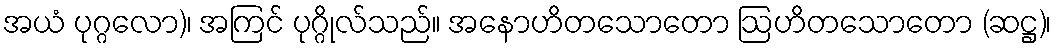
အယံ ပုဂ္ဂလော)၊ အကြင် ပုဂ္ဂိုလ်သည်။ အနောဟိတသောတော ဩဟိတသောတော (ဆဋ္ဌ)၊